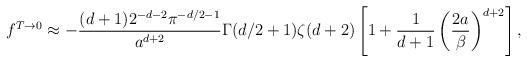
LaTeX: \begin{align*}f^{T\to0}\approx-{(d+1)2^{-d-2}\pi^{-d/2-1}\over a^{d+2}}\Gamma(d/2+1)\zeta(d+2)\left[1+{1\over d+1}\left(2 a\over\beta\right)^{d+2}\right],\end{align*}